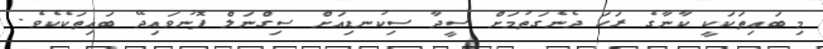
މި ބައިތަކަކީ ކާނާގެ ރަހަ ދެނެގަތުމަށް ސީދާ ސިކުނޑިއަށް ސިގްނަލް ފޮނުވައިދޭ ބައިތަކެކެވެ.